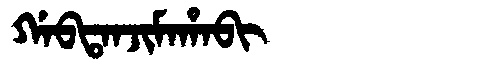
Manchu: ᡤᠠᠪᡨᠠᠨᠵᡳᠮᠠᡥᠠᠪᡳ
Romanization: GABTANJIMAHABI